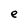
Character: e